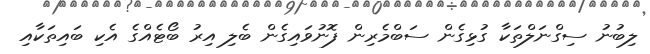
ލިބުނު ސިގްނަލްތަކާ ގުޅިގެން ސަބްމެރިން ފޮނުވައިގެން ބެލި އިރު ބޯޓެއްގެ އެކި ބައިތަކާއި